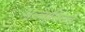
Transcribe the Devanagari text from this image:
अल्ब्युमिनचे